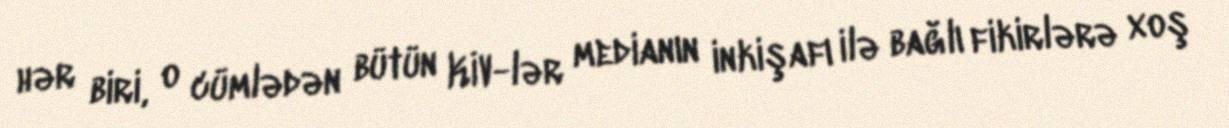
hər biri, o cümlədən bütün KİV-lər medianın inkişafı ilə bağlı fikirlərə xoş